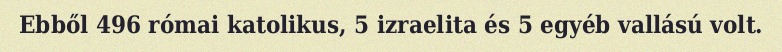
Ebből 496 római katolikus, 5 izraelita és 5 egyéb vallású volt.